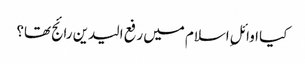
کیا اوائلِ اسلام میں‌ رفع الیدین رائج تھا؟